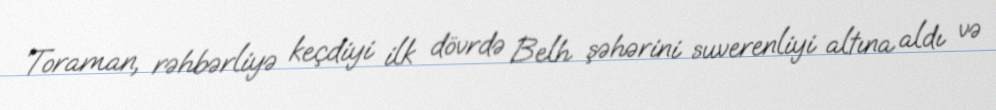
Toraman, rəhbərliyə keçdiyi ilk dövrdə Belh şəhərini suverenliyi altına aldı və